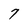
Character: 7